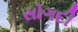
સોગદી